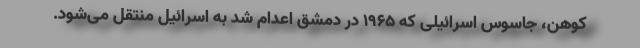
کوهن، جاسوس اسرائیلی که ۱۹۶۵ در دمشق اعدام شد به اسرائیل منتقل می‌شود.